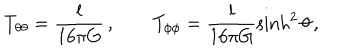
T _ { \theta \theta } = \frac { l } { 1 6 \pi G } \, , \qquad T _ { \phi \phi } = \frac { l } { 1 6 \pi G } \sinh ^ { 2 } \theta \, ,